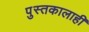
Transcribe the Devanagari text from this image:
पुस्तकालाही